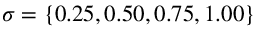
\sigma = \{ 0 . 2 5 , 0 . 5 0 , 0 . 7 5 , 1 . 0 0 \}